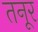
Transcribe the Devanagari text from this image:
तनूर